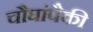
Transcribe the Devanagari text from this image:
चौघांपैकी